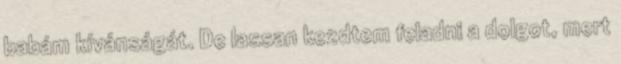
babám kívánságát. De lassan kezdtem feladni a dolgot, mert